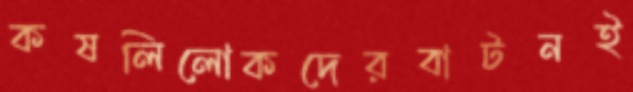
কষলিলোকদেরবাটনই